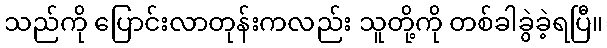
သည်ကို ပြောင်းလာတုန်းကလည်း သူတို့ကို တစ်ခါခွဲခဲ့ရပြီ။